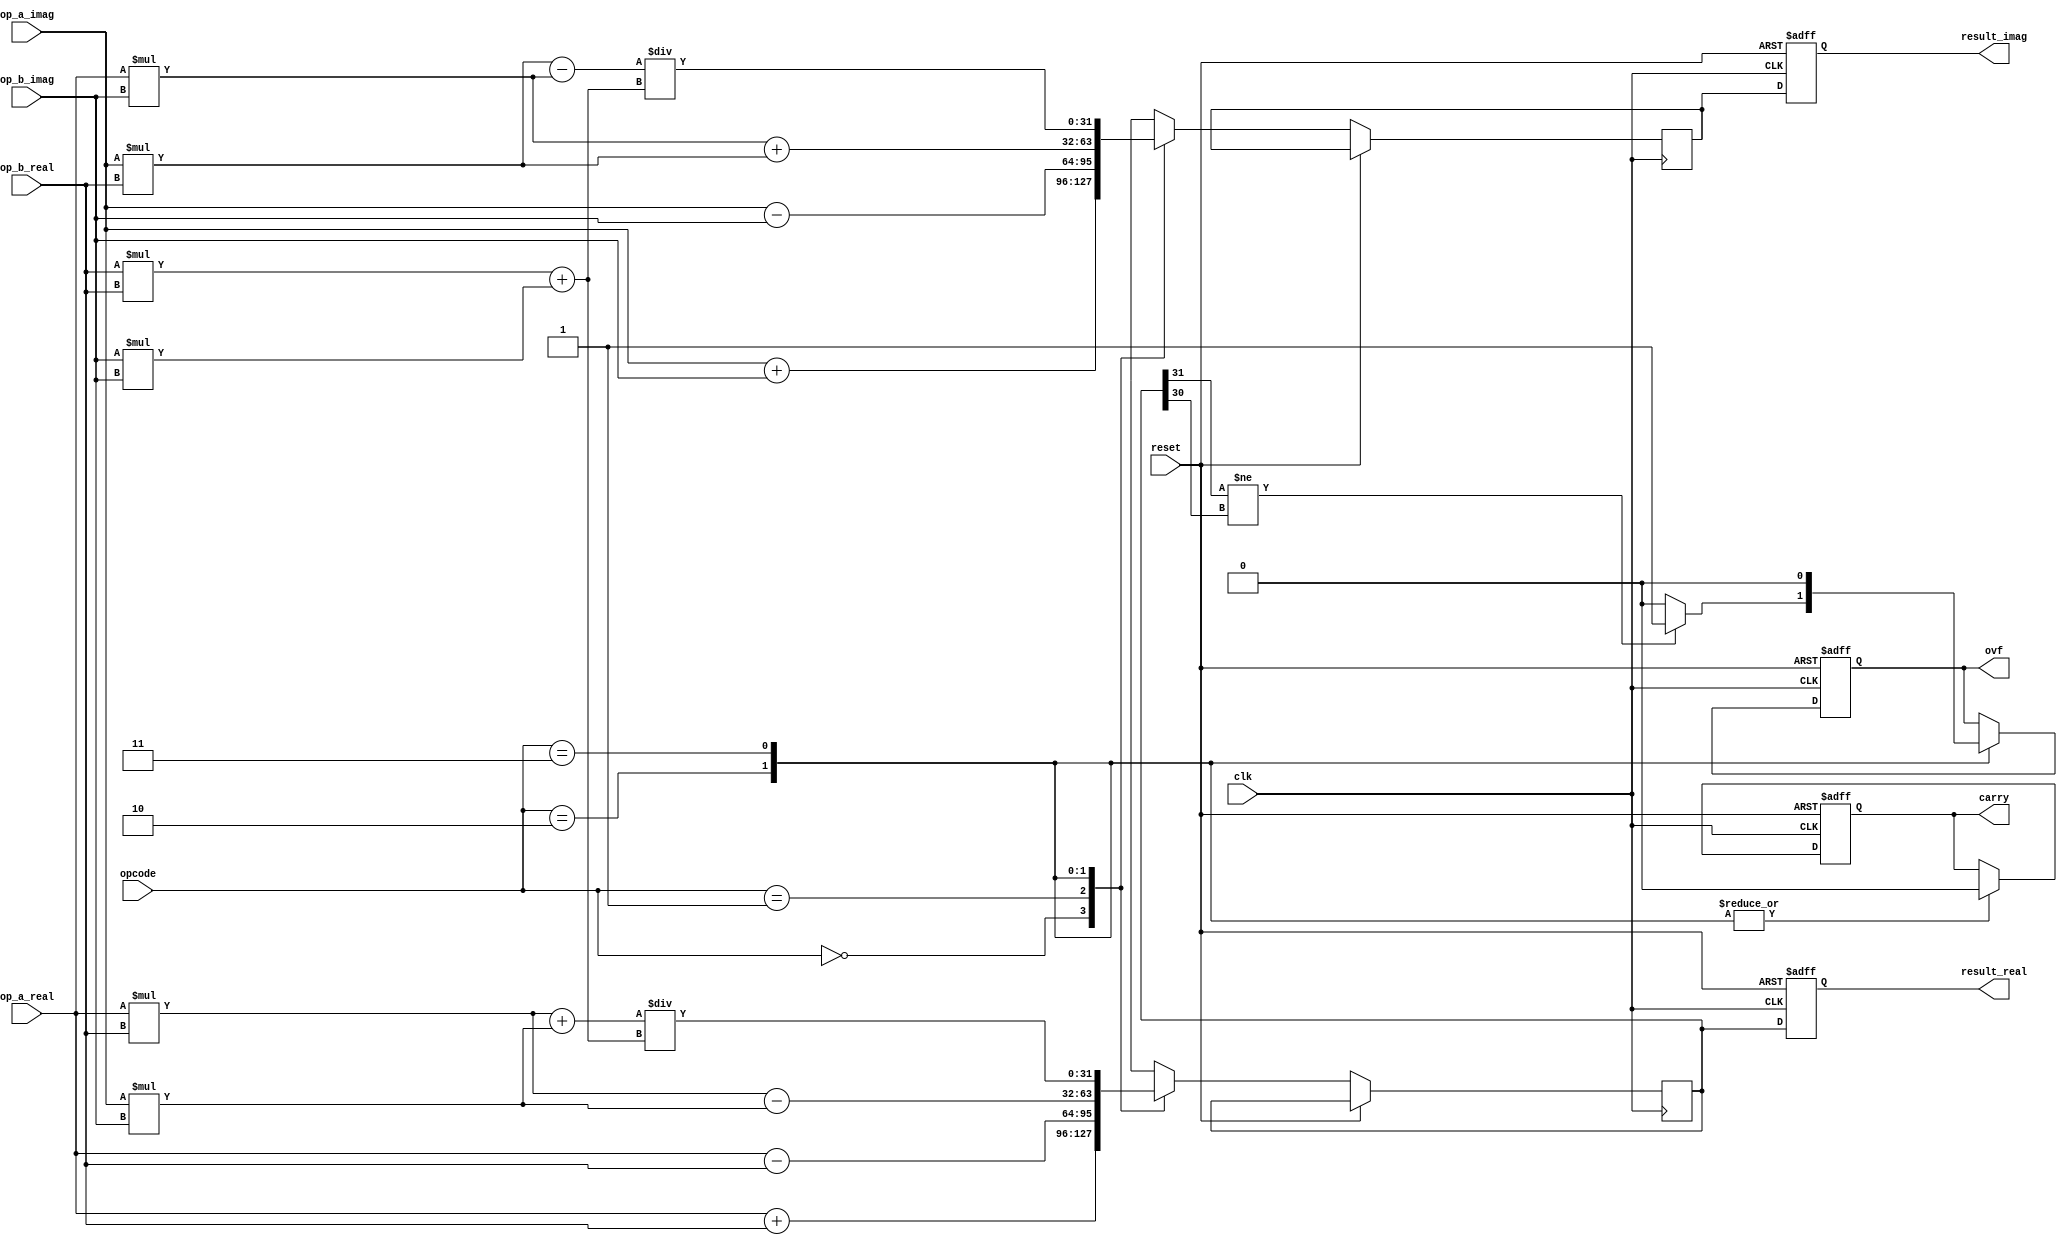
module ComplexALU (
    input wire clk,
    input wire reset,
    input wire [31:0] op_a_real,
    input wire [31:0] op_a_imag,
    input wire [31:0] op_b_real,
    input wire [31:0] op_b_imag,
    input wire [1:0] opcode, // 00: addition, 01: subtraction, 10: multiplication, 11: division
    output reg [31:0] result_real,
    output reg [31:0] result_imag,
    output reg ovf, // Overflow flag
    output reg carry // Carry flag
);

reg [31:0] temp_real, temp_imag;

always @(posedge clk or posedge reset) begin
    if (reset) begin
        result_real <= 0;
        result_imag <= 0;
        ovf <= 0;
        carry <= 0;
    end else begin
        case(opcode)
            2'b00: begin
                temp_real <= op_a_real + op_b_real;
                temp_imag <= op_a_imag + op_b_imag;
            end
            2'b01: begin
                temp_real <= op_a_real - op_b_real;
                temp_imag <= op_a_imag - op_b_imag;
            end
            2'b10: begin
                // Perform complex number multiplication
                temp_real <= (op_a_real * op_b_real) - (op_a_imag * op_b_imag);
                temp_imag <= (op_a_real * op_b_imag) + (op_a_imag * op_b_real);
                
                // Additional logic for overflow and carry out
                ovf <= (temp_real[31] != temp_real[30]) ? 1 : 0;
                carry <= 0; // Not applicable for multiplication
            end
            2'b11: begin
                // Perform complex number division
                temp_real <= ((op_a_real * op_b_real) + (op_a_imag * op_b_imag)) / ((op_b_real * op_b_real) + (op_b_imag * op_b_imag));
                temp_imag <= ((op_a_imag * op_b_real) - (op_a_real * op_b_imag)) / ((op_b_real * op_b_real) + (op_b_imag * op_b_imag));

                // Additional logic for overflow and carry out
                ovf <= 0; // Not applicable for division
                carry <= 0; // Not applicable for division
            end
        endcase
        
        result_real <= temp_real;
        result_imag <= temp_imag;
    end
end

endmodule